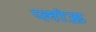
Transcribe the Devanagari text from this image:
प्लोऊ